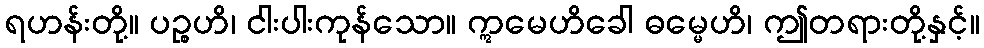
ရဟန်းတို့။ ပဉ္စဟိ၊ ငါးပါးကုန်သော။ ဣမေဟိခေါ ဓမ္မေဟိ၊ ဤတရားတို့နှင့်။